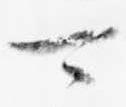
可